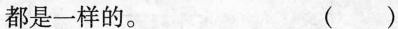
都是一样的。 ( )